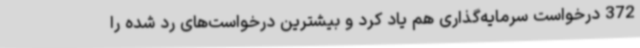
372 درخواست سرمایه‌گذاری هم یاد کرد و بیشترین درخواست‌های رد شده را